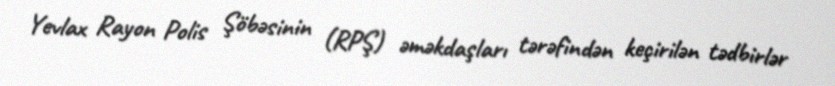
Yevlax Rayon Polis Şöbəsinin (RPŞ) əməkdaşları tərəfindən keçirilən tədbirlər